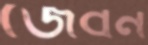
জেবন